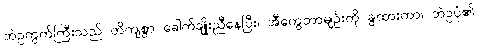
ဘဲဥကွက်ကြီးသည် တိကျစွာ ခေါက်ချိုးညီနေပြီး၊ အီကွေတာမျဉ်းကို ခွထားကာ၊ ဘဲဥပုံ၏